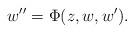
LaTeX: \begin{align*}w\rq{}\rq{}=\Phi(z,w,w\rq{}).\end{align*}